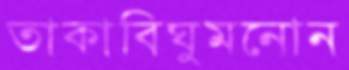
তাকাবিঘুমনোন